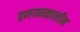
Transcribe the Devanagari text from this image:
प्रणयनकालीन